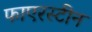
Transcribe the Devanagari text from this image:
फाएरस्टीन